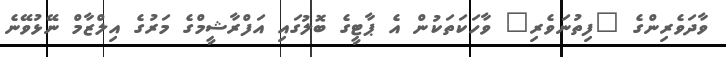
ވާދަވެރިންގެ "ފިތުނަވެރި" ވާހަކަތަކުން އެ ޕާޓީގެ ބޮލުގައި އަފްރާޝީމްގެ މަރުގެ އިލްޒާމް ނޭޅުވޭނެ